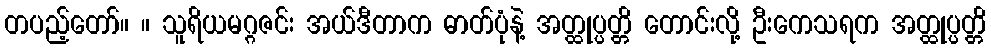
တပည့်တော်။ ။ သူရိယမဂ္ဂဇင်း အယ်ဒီတာက ဓာတ်ပုံနဲ့ အတ္ထုပ္ပတ္တိ တောင်းလို့ ဦးကေသရက အတ္ထုပ္ပတ္တိ